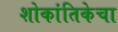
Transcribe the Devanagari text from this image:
शोकांतिकेचा